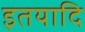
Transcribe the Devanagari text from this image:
इतयादि